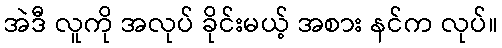
အဲဒီ လူကို အလုပ် ခိုင်းမယ့် အစား နင်က လုပ်။